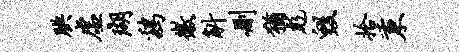
腆虚瑚鸡徽斛删犹彪毁拾秉